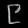
Digit: ၉